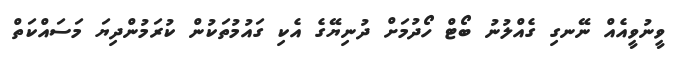
ވީނުވީއެއް ނޭނގި ގެއްލުނު ބޯޓް ހޯދުމަށް ދުނިޔޭގެ އެކި ގައުމުތަކުން ކުރަމުންދިޔަ މަސައްކަތް